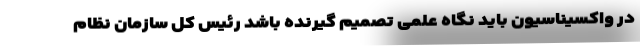
در واکسیناسیون باید نگاه علمی تصمیم گیرنده باشد رئیس کل سازمان نظام